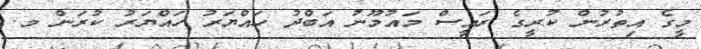
މީގެ އިތުރުން ކުރީގެ ރައީސް މައުމޫނު އަބްދު ހައްޔަރު ހައްޔަރު ކުރަން މ.